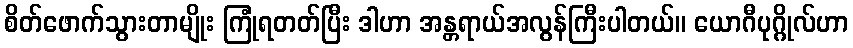
စိတ်ဖောက်သွားတာမျိုး ကြုံရတတ်ပြီး ဒါဟာ အန္တရာယ်အလွန်ကြီးပါတယ်။ ယောဂီပုဂ္ဂိုလ်ဟာ